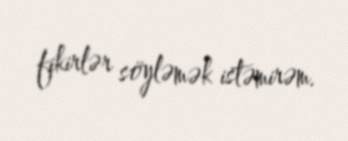
fikirlər söyləmək istəmirəm.